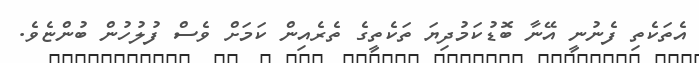
އެތަކެތި ފެނުނީ އޭނާ ބޮޑުކަމުދިޔަ ތަކެތީގެ ތެރެއިން ކަމަށް ވެސް ފުލުހުން ބުންޏެވެ.